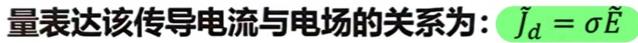
量表达该传导电流与电场的关系为: $\tilde{J}_{d}=\sigma \tilde{E}$